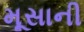
મૂસાની